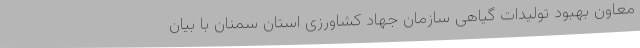
معاون بهبود تولیدات گیاهی سازمان جهاد کشاورزی استان سمنان با بیان